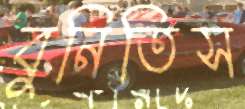
বুনিতিস